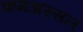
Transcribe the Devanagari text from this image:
कमअस्सल